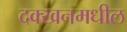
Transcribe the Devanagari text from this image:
दक्खनमधील